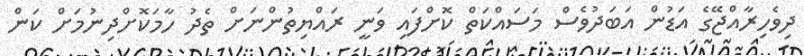
ދިވެހިރާއްޖޭގެ އަޑުން އަބަދުވެސް މަސައްކަތް ކޮށްފައި ވަނީ ރައްޔިތުންނަށް ތެދު ހާމަކޮށްދިނުމަށް ކަން